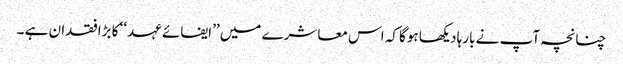
چنانچہ آپ نے بارہا دیکھا ہوگا کہ اس معاشرے میں ’’ایفائے عہد‘‘ کا بڑافقدان ہے ۔